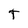
Character: t